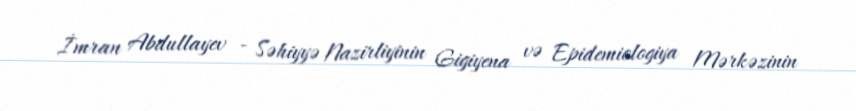
İmran Abdullayev - Səhiyyə Nazirliyinin Gigiyena və Epidemiologiya Mərkəzinin